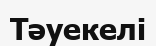
Тәуекелі